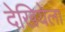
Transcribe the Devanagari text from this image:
देखियेला